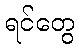
ရင်တွေ